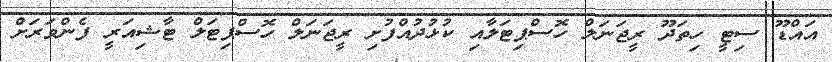
އައްޑޫ ސިޓީ ހިތަދޫ ރީޖަނަލް ހޮސްޕިޓަލާއި ކުޅުދުއްފުށި ރީޖަނަލް ހޮސްޕިޓަލް ޓާޝިއަރީ ފެންވަރަށް